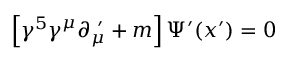
\left[ \gamma ^ { 5 } \gamma ^ { \mu } \partial _ { \mu } ^ { \, \, \prime } + m \right] \Psi ^ { \prime } ( x ^ { \prime } ) = 0